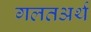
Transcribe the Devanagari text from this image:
गलतअर्थ